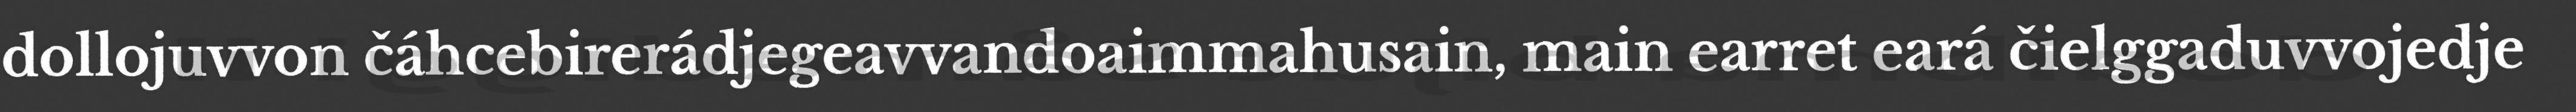
dollojuvvon čáhcebirerádjegeavvandoaimmahusain, main earret eará čielggaduvvojedje